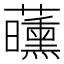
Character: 𬟝